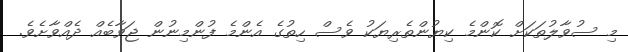
މި ސުވާލުތަކަށް ކޮންމެ ކިޔުންތެރިޔަކު ވެސް ހިތުގެ އެންމެ ފުންމިނުން ޖަވާބެއް ދެއްވާށެވެ.